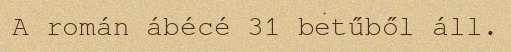
A román ábécé 31 betűből áll.